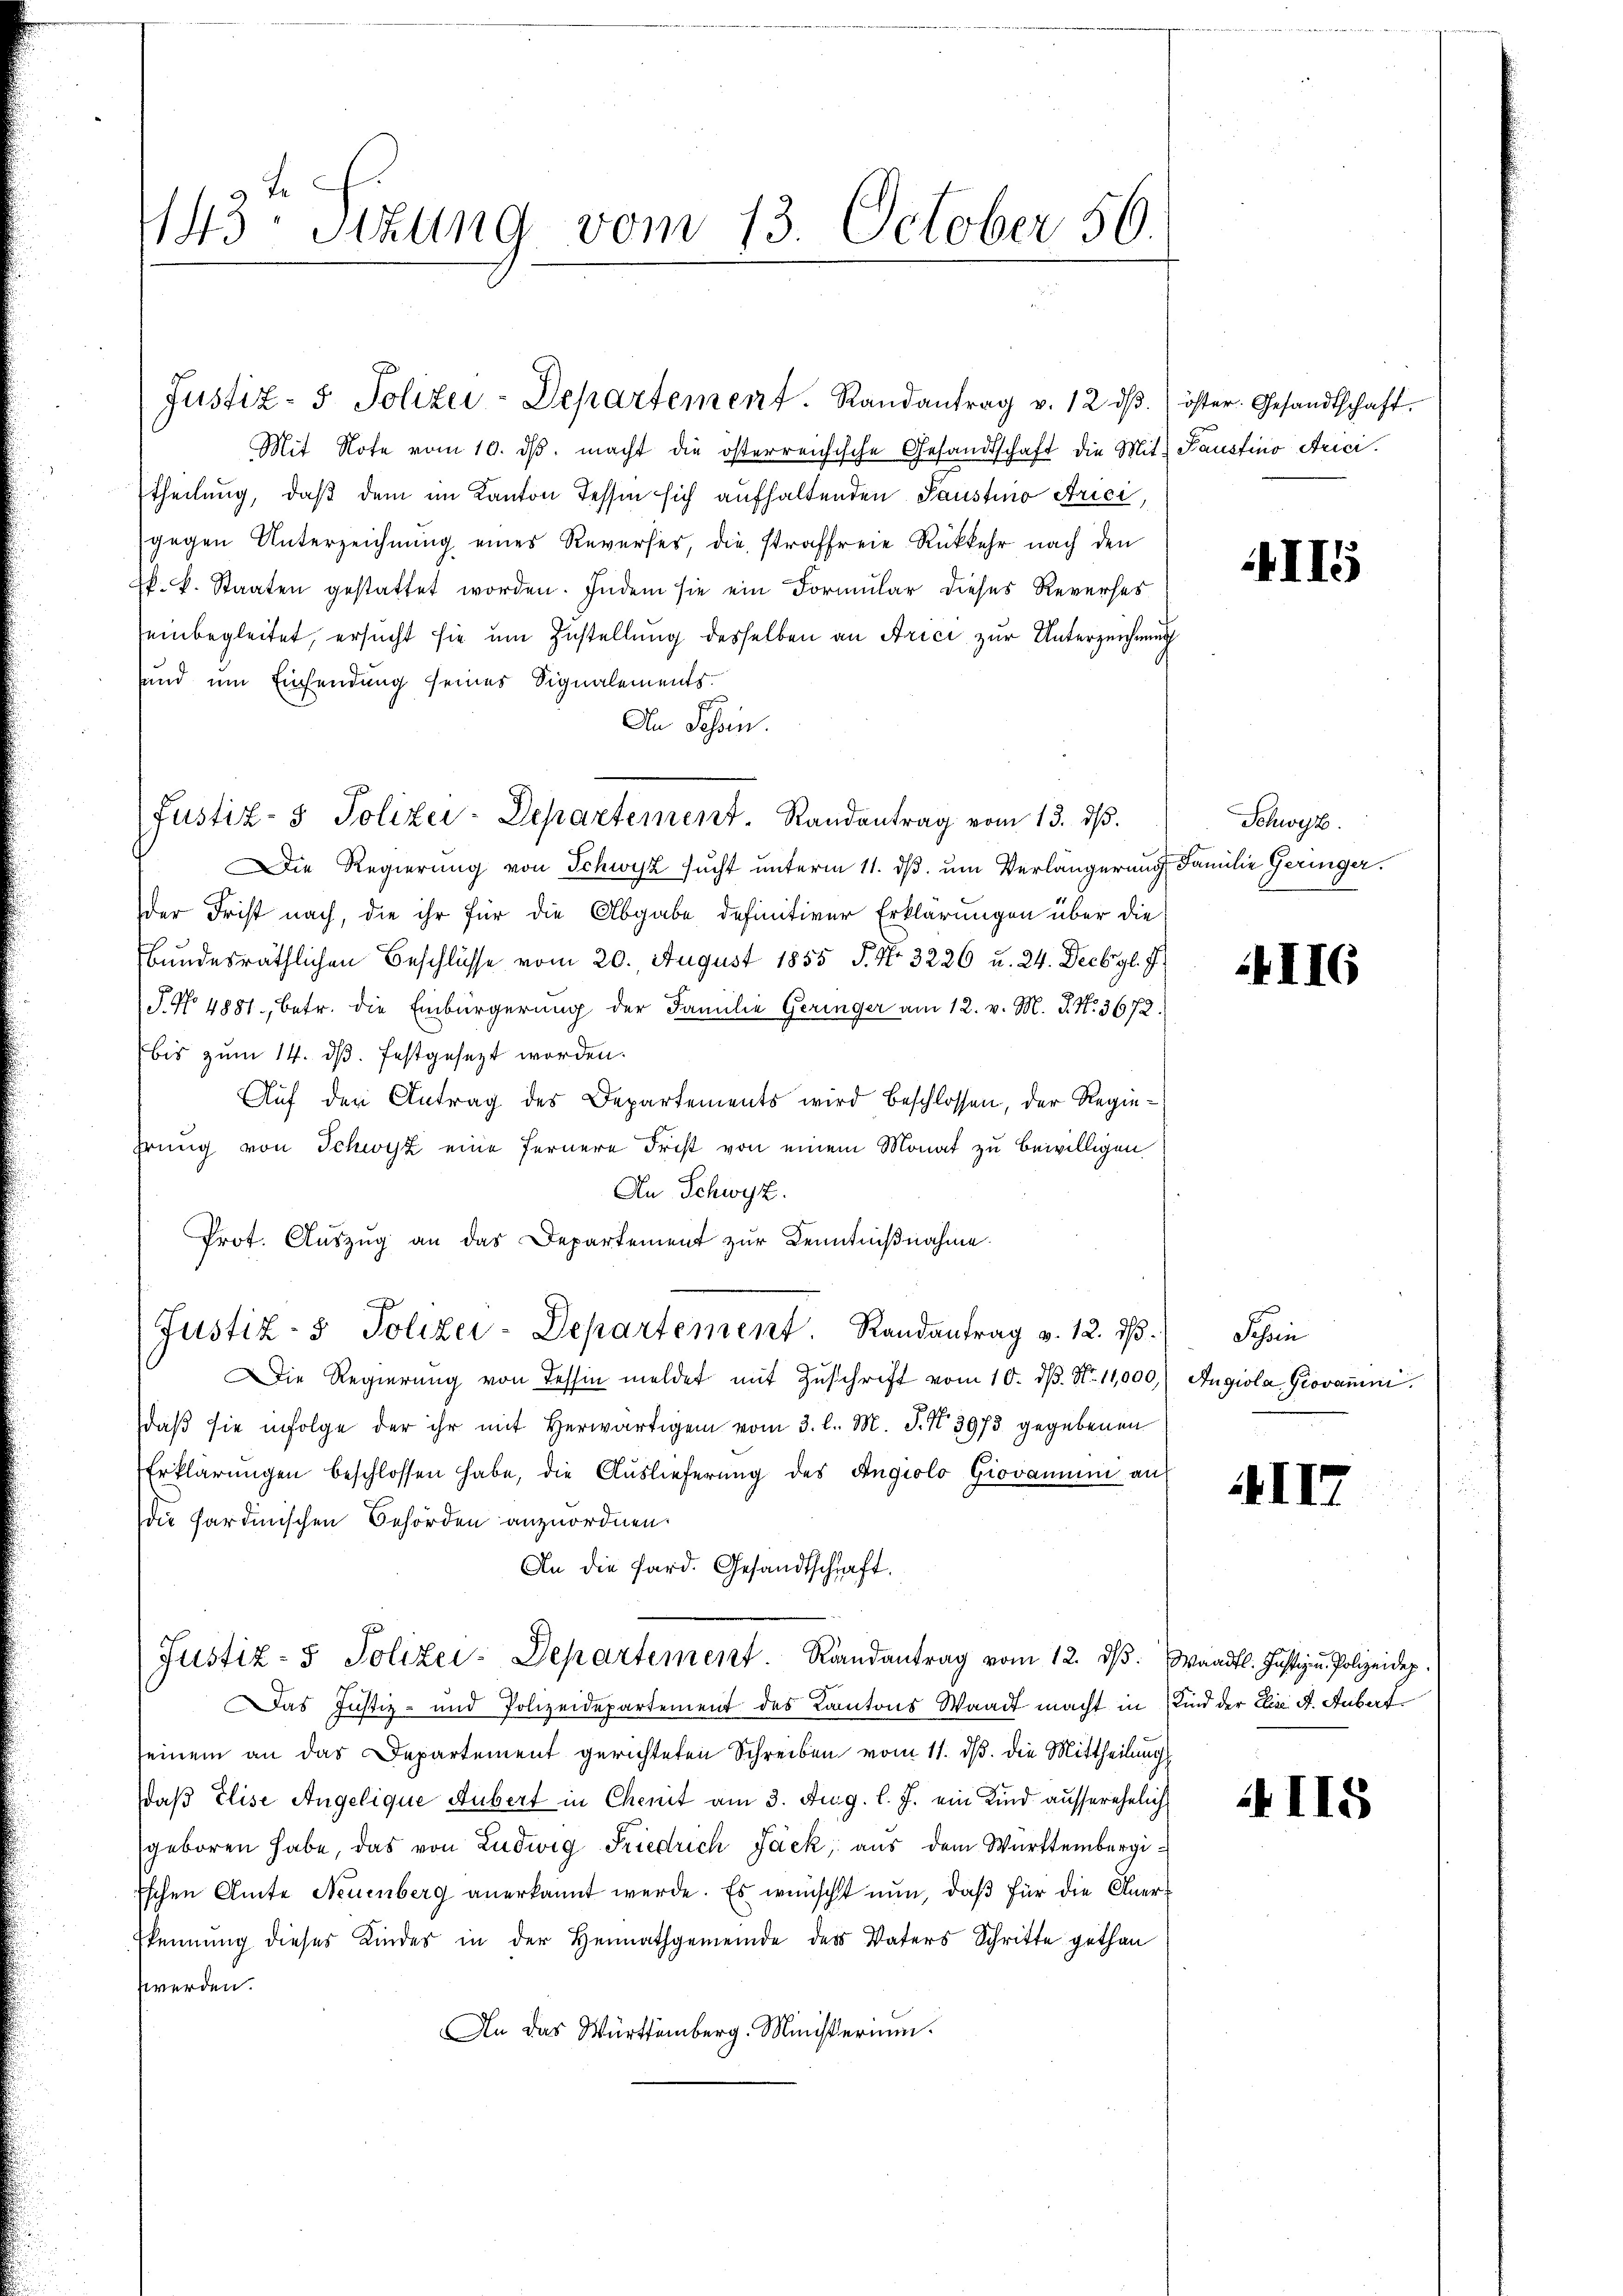
1143 sizung vom 13. October 56.

Mit Note vom 10. dβ. macht die österreichische Gesandtschaft die Mit
theilung, daß dem im Kanton Tessin sich aufhaltenden Saustino Arici,
gegen Unterzeichnung eines Reverses, die straffreie Rückkehr nach den
k. k. Staaten gestattet worden. Indem sie ein Formular dieses Reverses
seinbegleitet, ersucht sie um Zustellung desselben an Arici zur Unterzeichnen
fand um Einsendung seines Signalements.
An Schein.
Justiz- & Polizei-Departement. Randantrag vom 13. ds.
Die Regierung von Schwyz sucht unterm 11. ds. um Verlängerung
der Frist nach, die ihr für die Abgabe definitiver Erklärungen über die
Bundesräthlichen Beschlüsse vom 20. August 1855 P. Nr. 3226 u. 24. Decbr. gl. J.
J. No 4881, betr. die Einbürgerung der Familie Geringer am 12. v. M. J. N. 3672.
bis zum 14. dβ. festgesezt worden.
Auf den Antrag des Departements wird beschlossen, der Regieprung von Schwyz eine fernere Frist von einem Monat zu bewilligen
An Schwyz.
Prot. Auszug an das Departement zur Kenntnißnahme.
Justiz- & Polizei-Departement. Randantrag v. 12. dβ.
Die Regierŭng von Tessin meldet mit Zŭschrift vom 10. d. No. 11,000
daβ sie infolge der ihr mit herwärtigen vom 3. l. M. J. N. 3973 gegebenen
Erklärungen beschlossen habe, die Auslieferung des Angiolo Giovanum an
die sardinischen Behörden anzuordnen.
An die Sard. Gesandtschaft.
Justiz- & Polizei-Departement. Randantrag vom 12. dβ.
Das Justiz- und Polizeidepartement des Kantons Waadt macht in
seinem an das Departement gerichteten Schreiben vom 11. ds. die Mittheilung
daß Elise Angelique Aubert in Chenit am 3. Aug. l. J. ein Kind ausserehel
geboren habe, das von Ludwig Friedrich Jack, aus dem Württembergi
Eschen Amte Neuenburg anerkannt werde. Es wünscht nun, daß für die Aner
skennung dieses Kindes in der Heimathgemeinde des Vaters Schritte gethan
werden.
An das Württemberg. Ministerium.

Justiz- & Polizei-Departement. Randantrag v. 12. dβ.

öster. Gesandtschaft.
1. Pausfino Arie.

t

II5

Schwyz.
u Familie Geringer.

II6

Schein
Angiola Giovamm

XII

Waadt. Justiz u. Polizeidep
Kind der Elis. S. Aubert

II5